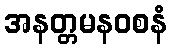
အနတ္တမနဝစနံ